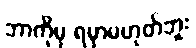
ဘာကိုမှ ရမှာမဟုတ်ဘူး